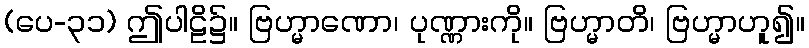
(ပေ-၃၁) ဤပါဠိ၌။ ဗြဟ္မာဏော၊ ပုဏ္ဏားကို။ ဗြဟ္မာတိ၊ ဗြဟ္မာဟူ၍။